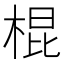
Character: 棍